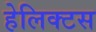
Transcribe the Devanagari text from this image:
हेलिक्टस